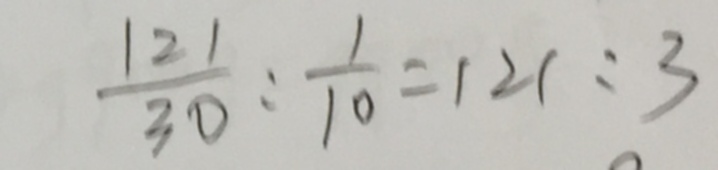
\frac { 1 2 1 } { 3 0 } : \frac { 1 } { 1 0 } = 1 2 1 : 3